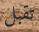
تقبل